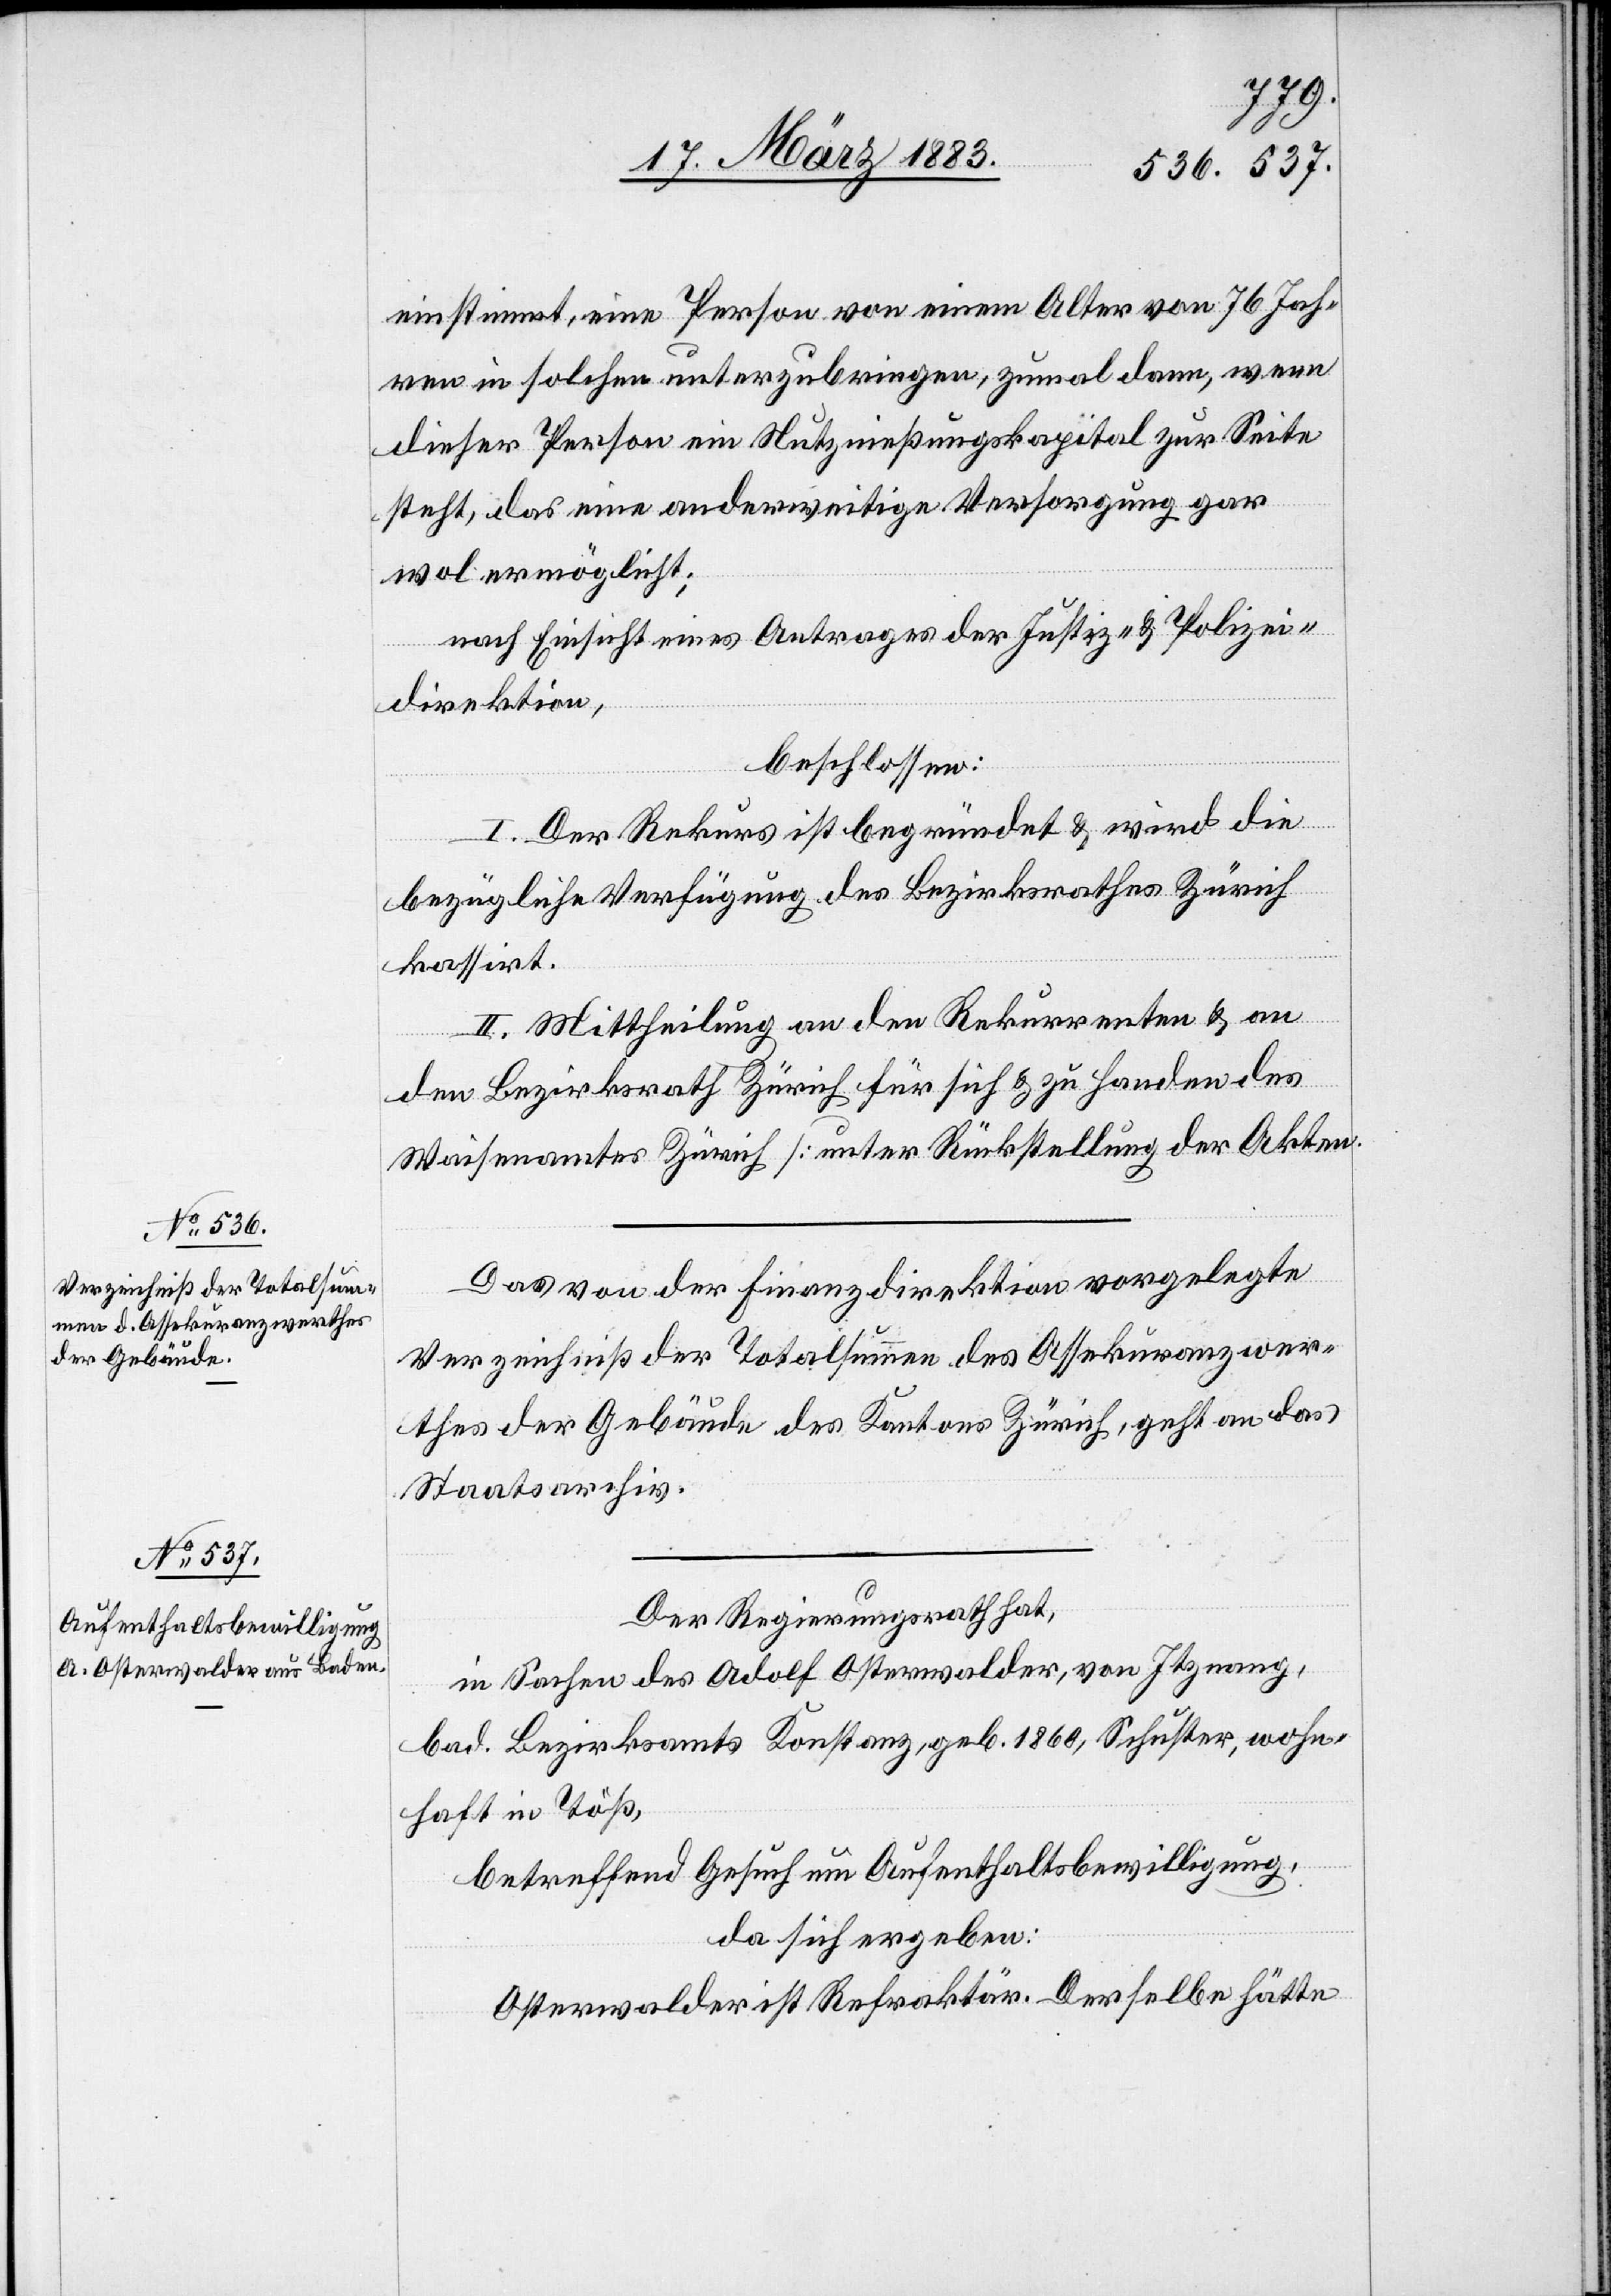
einstimmt, eine Person von einem Alter von 76 Jah¬
ren in solchen unterzubringen, zumal dann, wenn
dieser Person ein Nutznießungskapital zur Seite
steht, das eine anderweitige Versorgung gar
wol ermöglicht;
nach Einsicht eines Antrages der Justiz- & Polizei¬
direktion,
beschlossen:
I. Der Rekurs ist begründet & wird die
bezügliche Verfügung des Bezirksrathes Zürich
kassirt.
II. Mittheilung an den Rekrrenten & an
den Bezirksrath Zürich für sich & zu Handen des
Waisenamtes Zürich [unter Rückstellung der Akten].
Das von der Finanzdirektion vorgelegte
Verzeichniß der Totalsummen des Assekuranzwer¬
thes der Gebäude des Kantons Zürich, geht an das
Staatsarchiv.
Der Regierungsrath hat,
in Sachen des Adolf Osterwalder, von Itznang,
bad. Bezirksamts Konstanz, geb. 1860, Schuster, wohn¬
haft in Töß,
betreffend Gesuch um Aufenthaltsbewilligung,
da sich ergeben:
Osterwalder ist Refraktär. Derselbe hätte